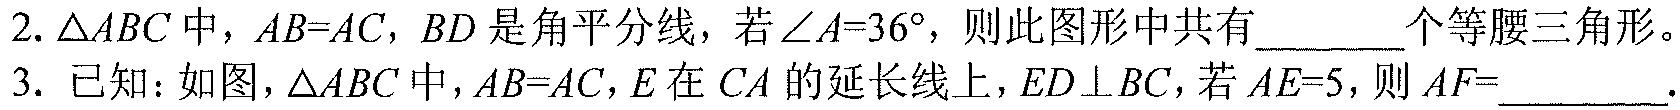
2. $\triangle ABC$中，$AB = AC$，$BD$是角平分线，若$\angle A = 36^{\circ}$，则此图形中共有________个等腰三角形。
3. 已知：如图，$\triangle ABC$中，$AB = AC$，$E$在$CA$的延长线上，$ED\perp BC$，若$AE = 5$，则$AF =$________.